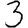
Digit: 3